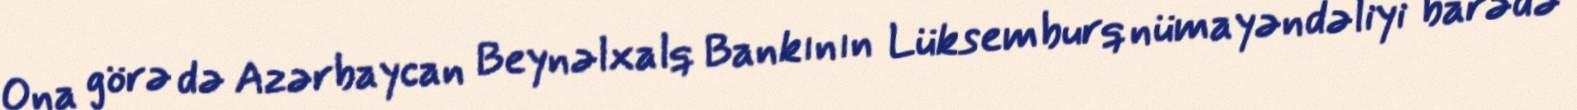
Ona görə də Azərbaycan Beynəlxalq Bankının Lüksemburq nümayəndəliyi barədə